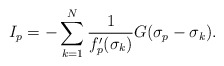
\begin{align*}I_p = - \sum_{k=1}^N \frac{ 1 } {f_p'(\sigma_k)} G(\sigma_p - \sigma_k).\end{align*}